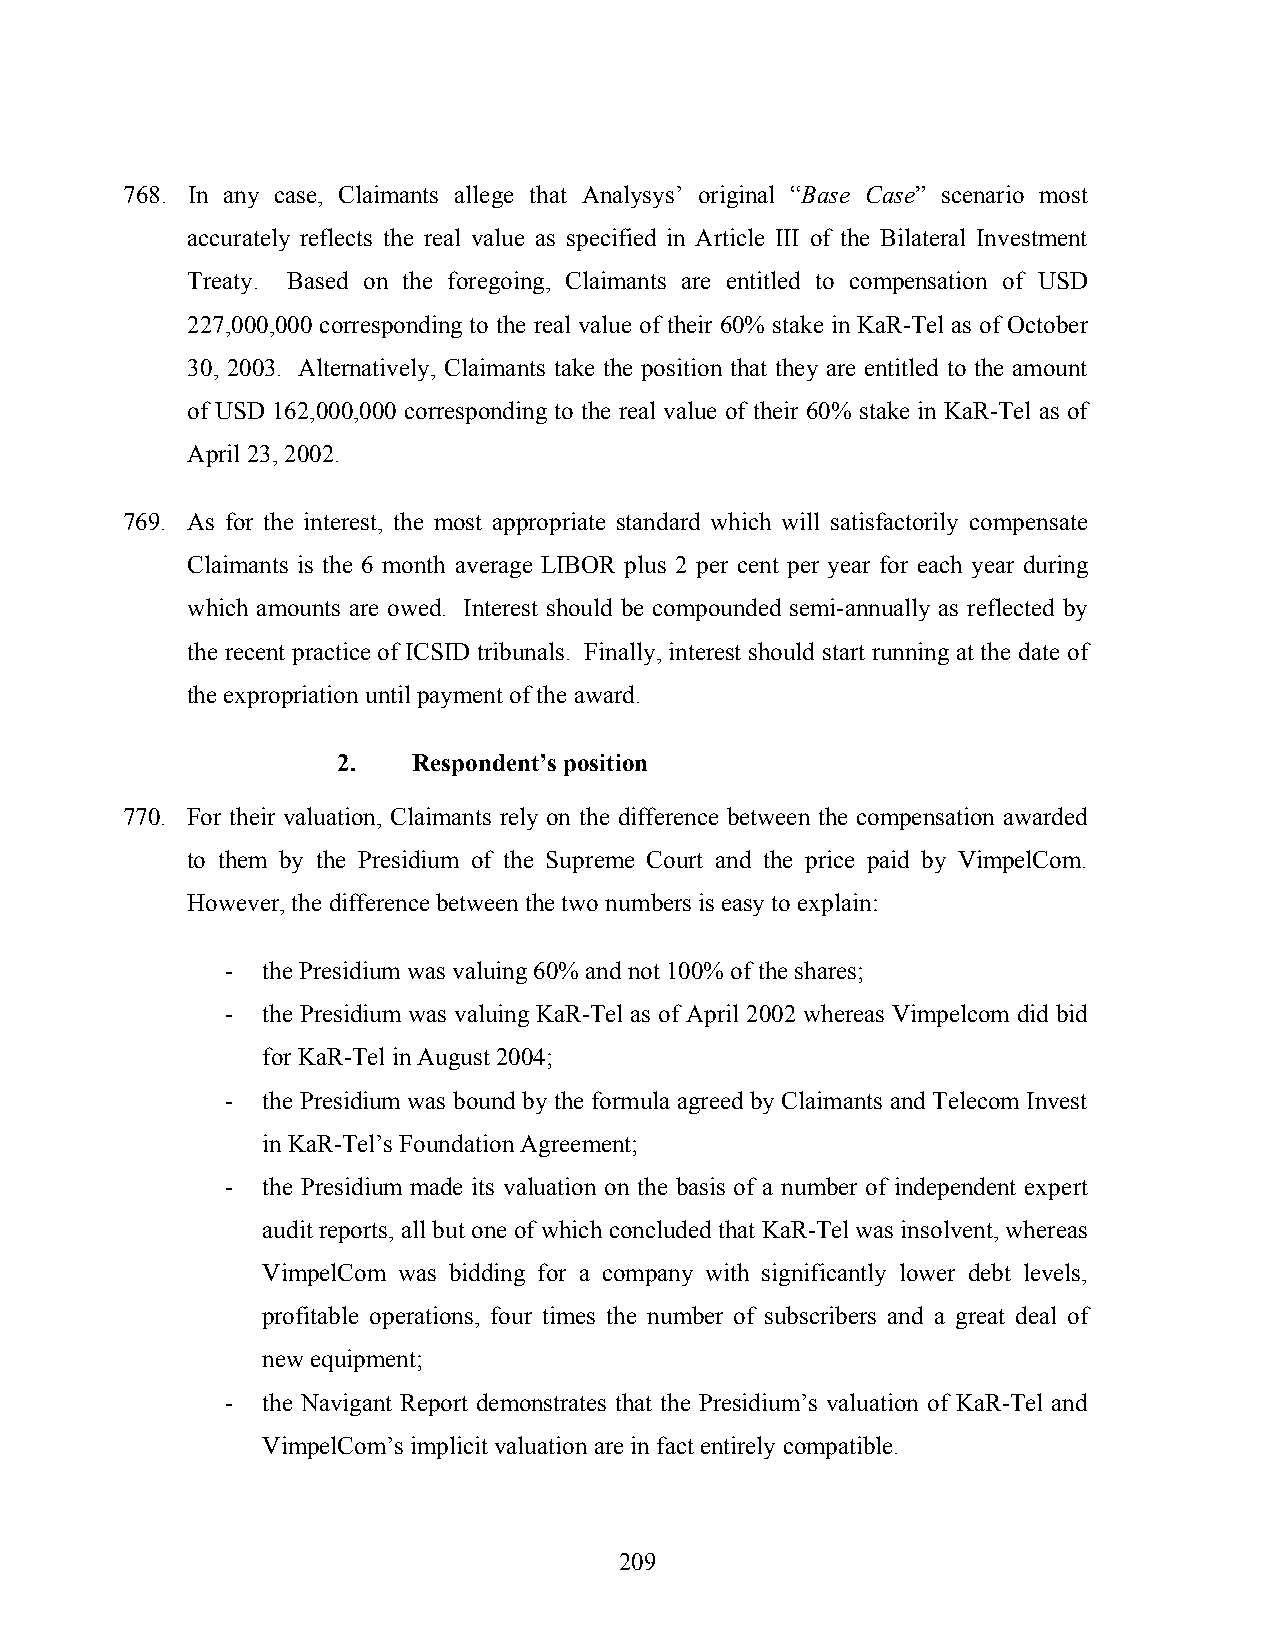
768. In any case, Claimants allege that Analysys’ original “Base Case” scenario most
 accurately reflects the real value as specified in Article III of the Bilateral Investment
 Treaty. Based on the foregoing, Claimants are entitled to compensation of USD
 227,000,000 corresponding to the real value of their 60% stake in KaR-Tel as of October
 30, 2003. Alternatively, Claimants take the position that they are entitled to the amount
 of USD 162,000,000 corresponding to the real value of their 60% stake in KaR-Tel as of
 April 23, 2002.
 769. As for the interest, the most appropriate standard which will satisfactorily compensate
 Claimants is the 6 month average LIBOR plus 2 per cent per year for each year during
 which amounts are owed. Interest should be compounded semi-annually as reflected by
 the recent practice of ICSID tribunals. Finally, interest should start running at the date of
 the expropriation until payment of the award.
 2.   Respondent’s position
 770. For their valuation, Claimants rely on the difference between the compensation awarded
 to them by the Presidium of the Supreme Court and the price paid by VimpelCom.
 However, the difference between the two numbers is easy to explain:
 - the Presidium was valuing 60% and not 100% of the shares;
 - the Presidium was valuing KaR-Tel as of April 2002 whereas Vimpelcom did bid
 for KaR-Tel in August 2004;
 - the Presidium was bound by the formula agreed by Claimants and Telecom Invest
 in KaR-Tel’s Foundation Agreement;
 - the Presidium made its valuation on the basis of a number of independent expert
 audit reports, all but one of which concluded that KaR-Tel was insolvent, whereas
 VimpelCom was bidding for a company with significantly lower debt levels,
 profitable operations, four times the number of subscribers and a great deal of
 new equipment;
 - the Navigant Report demonstrates that the Presidium’s valuation of KaR-Tel and
 VimpelCom’s implicit valuation are in fact entirely compatible.
 209